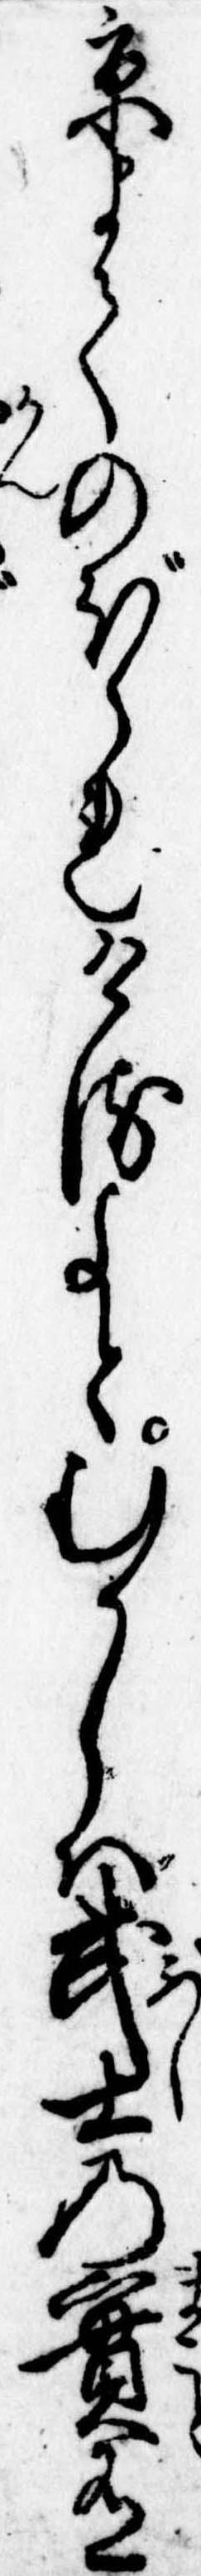
京まてのぼられけるよとむかしは武士の実有